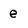
Character: e